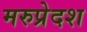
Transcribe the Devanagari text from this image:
मरुप्रेदश